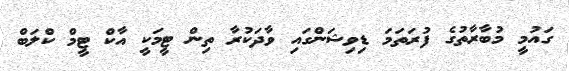
ގައުމީ މުބާރާތުގެ ފުރަތަމަ ޑިވިޝަންގައި ވާދަކުރާ ތިން ޓީމަކީ އާކް ޓީމް ކްލަބް